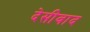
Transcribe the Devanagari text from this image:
देसीवाद